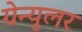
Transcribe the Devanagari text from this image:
ग्रेन्युलर